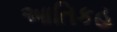
આતિકહ